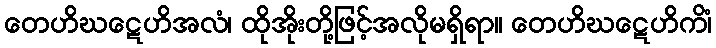
တေဟိဃဋေဟိအလံ၊ ထိုအိုးတို့ဖြင့်အလိုမရှိရာ။ တေဟိဃဋေဟိကိံ၊